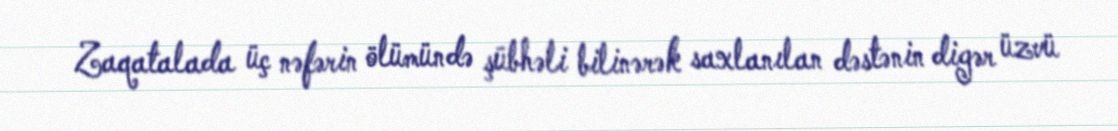
Zaqatalada üç nəfərin ölümündə şübhəli bilinərək saxlanılan dəstənin digər üzvü